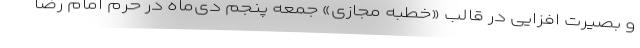
و بصیرت افزایی در قالب «خطبه مجازی» جمعه پنجم دی‌ماه در حرم امام رضا